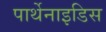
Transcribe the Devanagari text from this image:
पार्थेनाइडिस